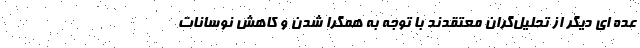
عده ای دیگر از تحلیل‌گران معتقدند با توجه به همگرا شدن و کاهش نوسانات